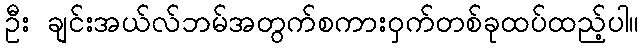
ဦး ချင်းအယ်လ်ဘမ်အတွက်စကားဝှက်တစ်ခုထပ်ထည့်ပါ။